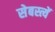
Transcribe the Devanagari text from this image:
सेबस्त्यें